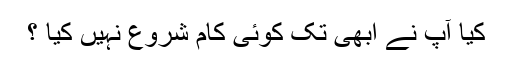
کیا آپ نے ابھی تک کوئی کام شروع نہیں کیا ؟